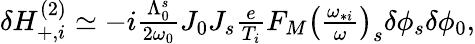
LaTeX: \begin{array}{r}{\delta H_{+,i}^{(2)}\simeq-i\frac{\Lambda_{0}^{s}}{2\omega_{0}}J_{0}J_{s}\frac{e}{T_{i}}F_{M}\left(\frac{\omega_{*i}}{\omega}\right)_{s}\delta\phi_{s}\delta\phi_{0},}\end{array}